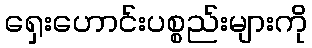
ရှေးဟောင်းပစ္စည်းများကို